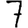
Digit: 7